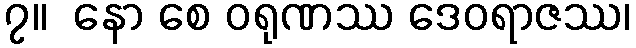
၇။  နော စေ ဝရုဏဿ ဒေဝရာဇဿ၊